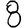
Digit: 8